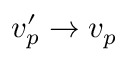
v _ { p } ^ { \prime } \rightarrow v _ { p }